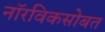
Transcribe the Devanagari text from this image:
नॉरविकसोबत